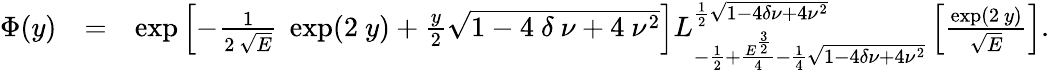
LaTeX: \begin{array}{rlr}{\Phi(y)}&{=}&{\exp\left[-\frac{1}{2~\sqrt{E}}~\exp(2~y)+\frac{y}{2}\sqrt{1-4~\delta~\nu+4~\nu^{2}}\right]L_{-\frac{1}{2}+\frac{E^{\frac{3}{2}}}{4}-\frac{1}{4}\sqrt{1-4\delta\nu+4\nu^{2}}}^{\frac{1}{2}\sqrt{1-4\delta\nu+4\nu^{2}}}\left[\frac{\exp(2~y)}{\sqrt{E}}\right].}\end{array}